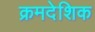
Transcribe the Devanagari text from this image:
क्रमदेशिक